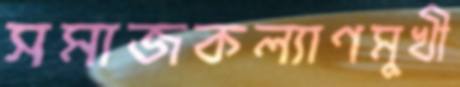
সমাজকল্যাণমুখী